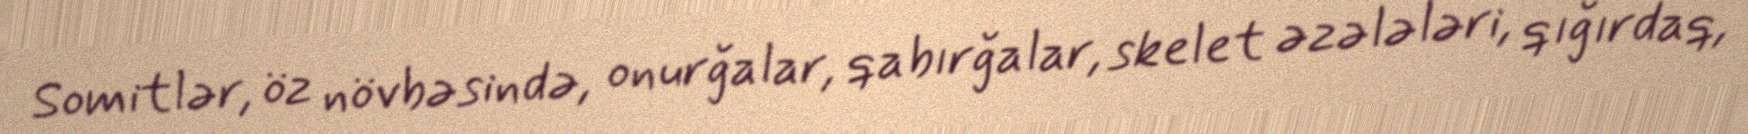
Somitlər, öz növbəsində, onurğalar, qabırğalar, skelet əzələləri, qığırdaq,